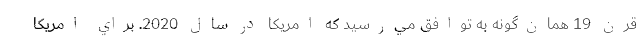
قرن 19 همان‌گونه به توافق مي‌رسيد كه امريكا در سال 2020. براي امريكا